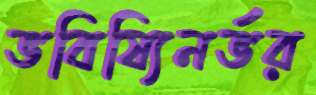
ভবিষ্যিনর্ভর